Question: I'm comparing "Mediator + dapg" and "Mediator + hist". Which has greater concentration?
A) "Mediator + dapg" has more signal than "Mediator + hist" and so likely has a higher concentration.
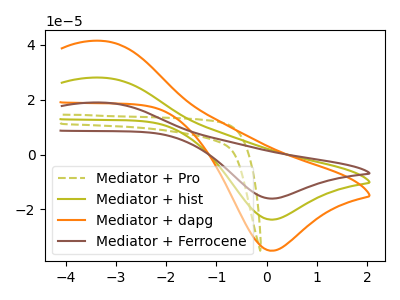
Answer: <think>The olive dashed curve "Mediator + Pro" has no peaks. The olive curve "Mediator + hist" has an anodic peak at (-3.25V, 28.05uA) and a cathodic peak at (0.10V, -23.70uA). The orange curve "Mediator + dapg" has an anodic peak at (-3.25V, 41.45uA) and a cathodic peak at (0.10V, -35.05uA). The brown curve "Mediator + Ferrocene" has an anodic peak at (-3.25V, 56.10uA) and a cathodic peak at (0.10V, -47.45uA).
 All the peaks in "Mediator + dapg" have a peak in "Mediator + hist" at the same potential. Every peak in "Mediator + dapg" is higher than every peak in "Mediator + hist".</think>
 <answer>A) "Mediator + dapg" has more signal than "Mediator + hist" and so likely has a higher concentration.</answer>
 <eval>A</eval>